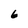
Character: 6